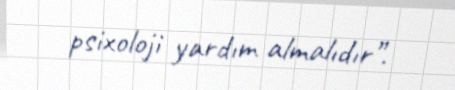
psixoloji yardım almalıdır”.